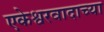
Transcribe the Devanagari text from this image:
एकेश्वरवादाच्या